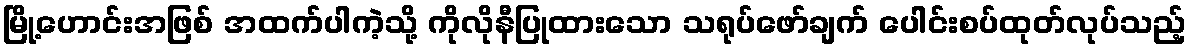
မြို့ဟောင်းအဖြစ် အထက်ပါကဲ့သို့ ကိုလိုနီပြုထားသော သရုပ်ဖော်ချက် ပေါင်းစပ်ထုတ်လုပ်သည့်